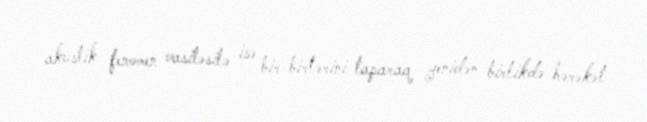
akustik fenomen vasitəsilə isə bir-birlərini taparaq yenidən birlikdə hərəkət